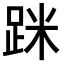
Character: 𨀷